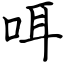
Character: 咡